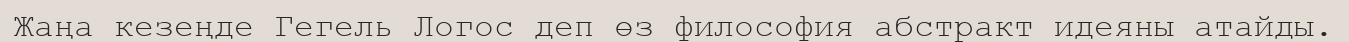
Жаңа кезеңде Гегель Логос деп өз философия абстракт идеяны атайды.